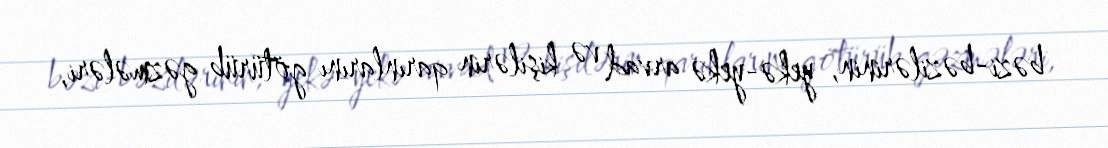
bəzi-bəzilərinin, yekə-yekə arvad və kişilərin qarınlarını götürüb gəzmələri,